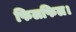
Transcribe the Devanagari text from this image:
फिलफिल।